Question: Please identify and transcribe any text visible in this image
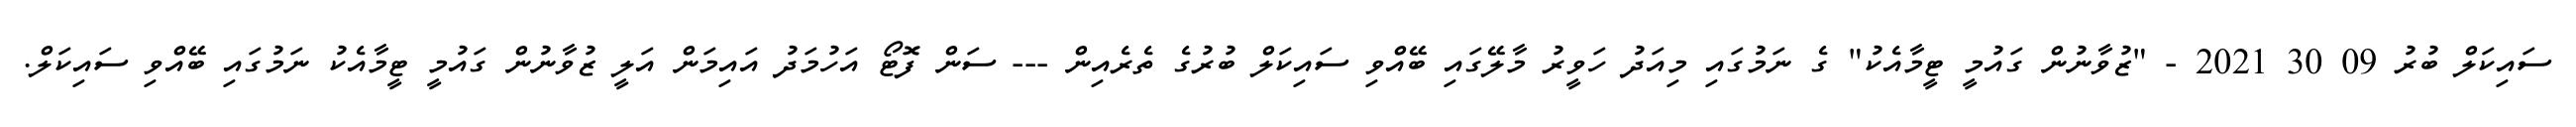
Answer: ސައިކަލް ބުރު 09 30 2021 - "ޒުވާނުން ގައުމީ ޓީމާއެކު" ގެ ނަމުގައި މިއަދު ހަވީރު މާލޭގައި ބޭއްވި ސައިކަލް ބުރުގެ ތެރެއިން --- ސަން ފޮޓޯ އަހުމަދު އައިމަން އަލީ ޒުވާނުން ގައުމީ ޓީމާއެކު ނަމުގައި ބޭއްވި ސައިކަލް.